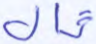
قال